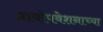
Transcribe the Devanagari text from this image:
प्रायोपवेशनाच्या